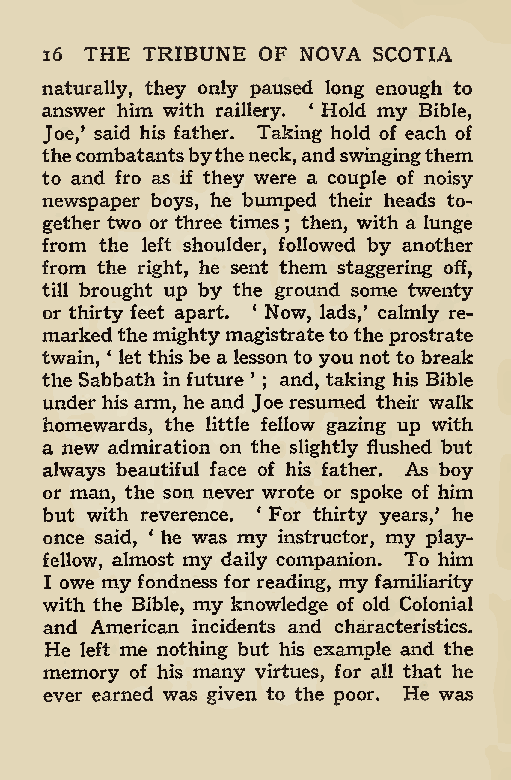
16 THE TRIBUNE OF NOVA SCOTIA
 naturally, they only paused long enough to
 answer him with raillery. ‘ Hold my Bible,
 Joe,’ said his father. Taking hold of each of
 thecombatantsbytheneck,andswingingthem
 to and fro as if they were a couple of noisy
 newspaper boys, he bumped their heads to-
 gether two or three times then, with a lunge
 ;
 from the left shoulder, followed by another
 from the right, he sent them staggering off,
 till brought up by the ground some twenty
 or thirty feet apart. * Now, lads,’ calmly re-
 markedthe mightymagistratetotheprostrate
 twain, ‘ let this be a lesson to you not to break
 the Sabbath in future ’ ; and, taking his Bible
 under his arm, he and Joe resumed their walk
 homewards, the little fellow gazing up with
 a new admiration on the slightly flushed but
 always beautiful face of his father. As boy
 or man, the son never wrote or spoke of him
 but with reverence. 4 For thirty years,* he
 once said, 4 he was my instructor, my play-
 fellow, almost my daily companion. To him
 I owe my fondness for reading, my familiarity
 with the Bible, my knowledge of old Colonial
 and American incidents and characteristics.
 He left me nothing but his example and the
 memory of his many virtues, for all that he
 ever earned was given to the poor. He was